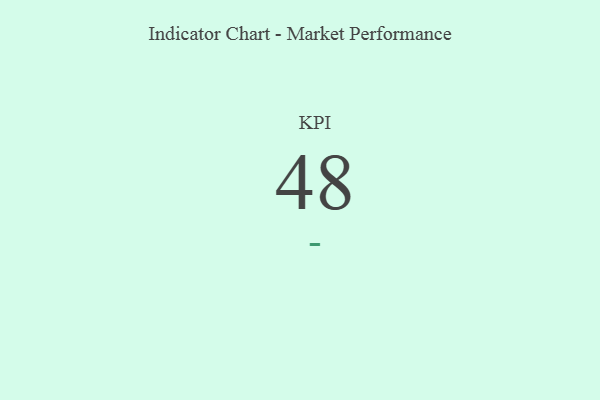
{"axis": {"x": "KPI", "y": "Value"}, "legend": [""], "data": [{"x": "KPI", "y": 48, "type": ""}]}